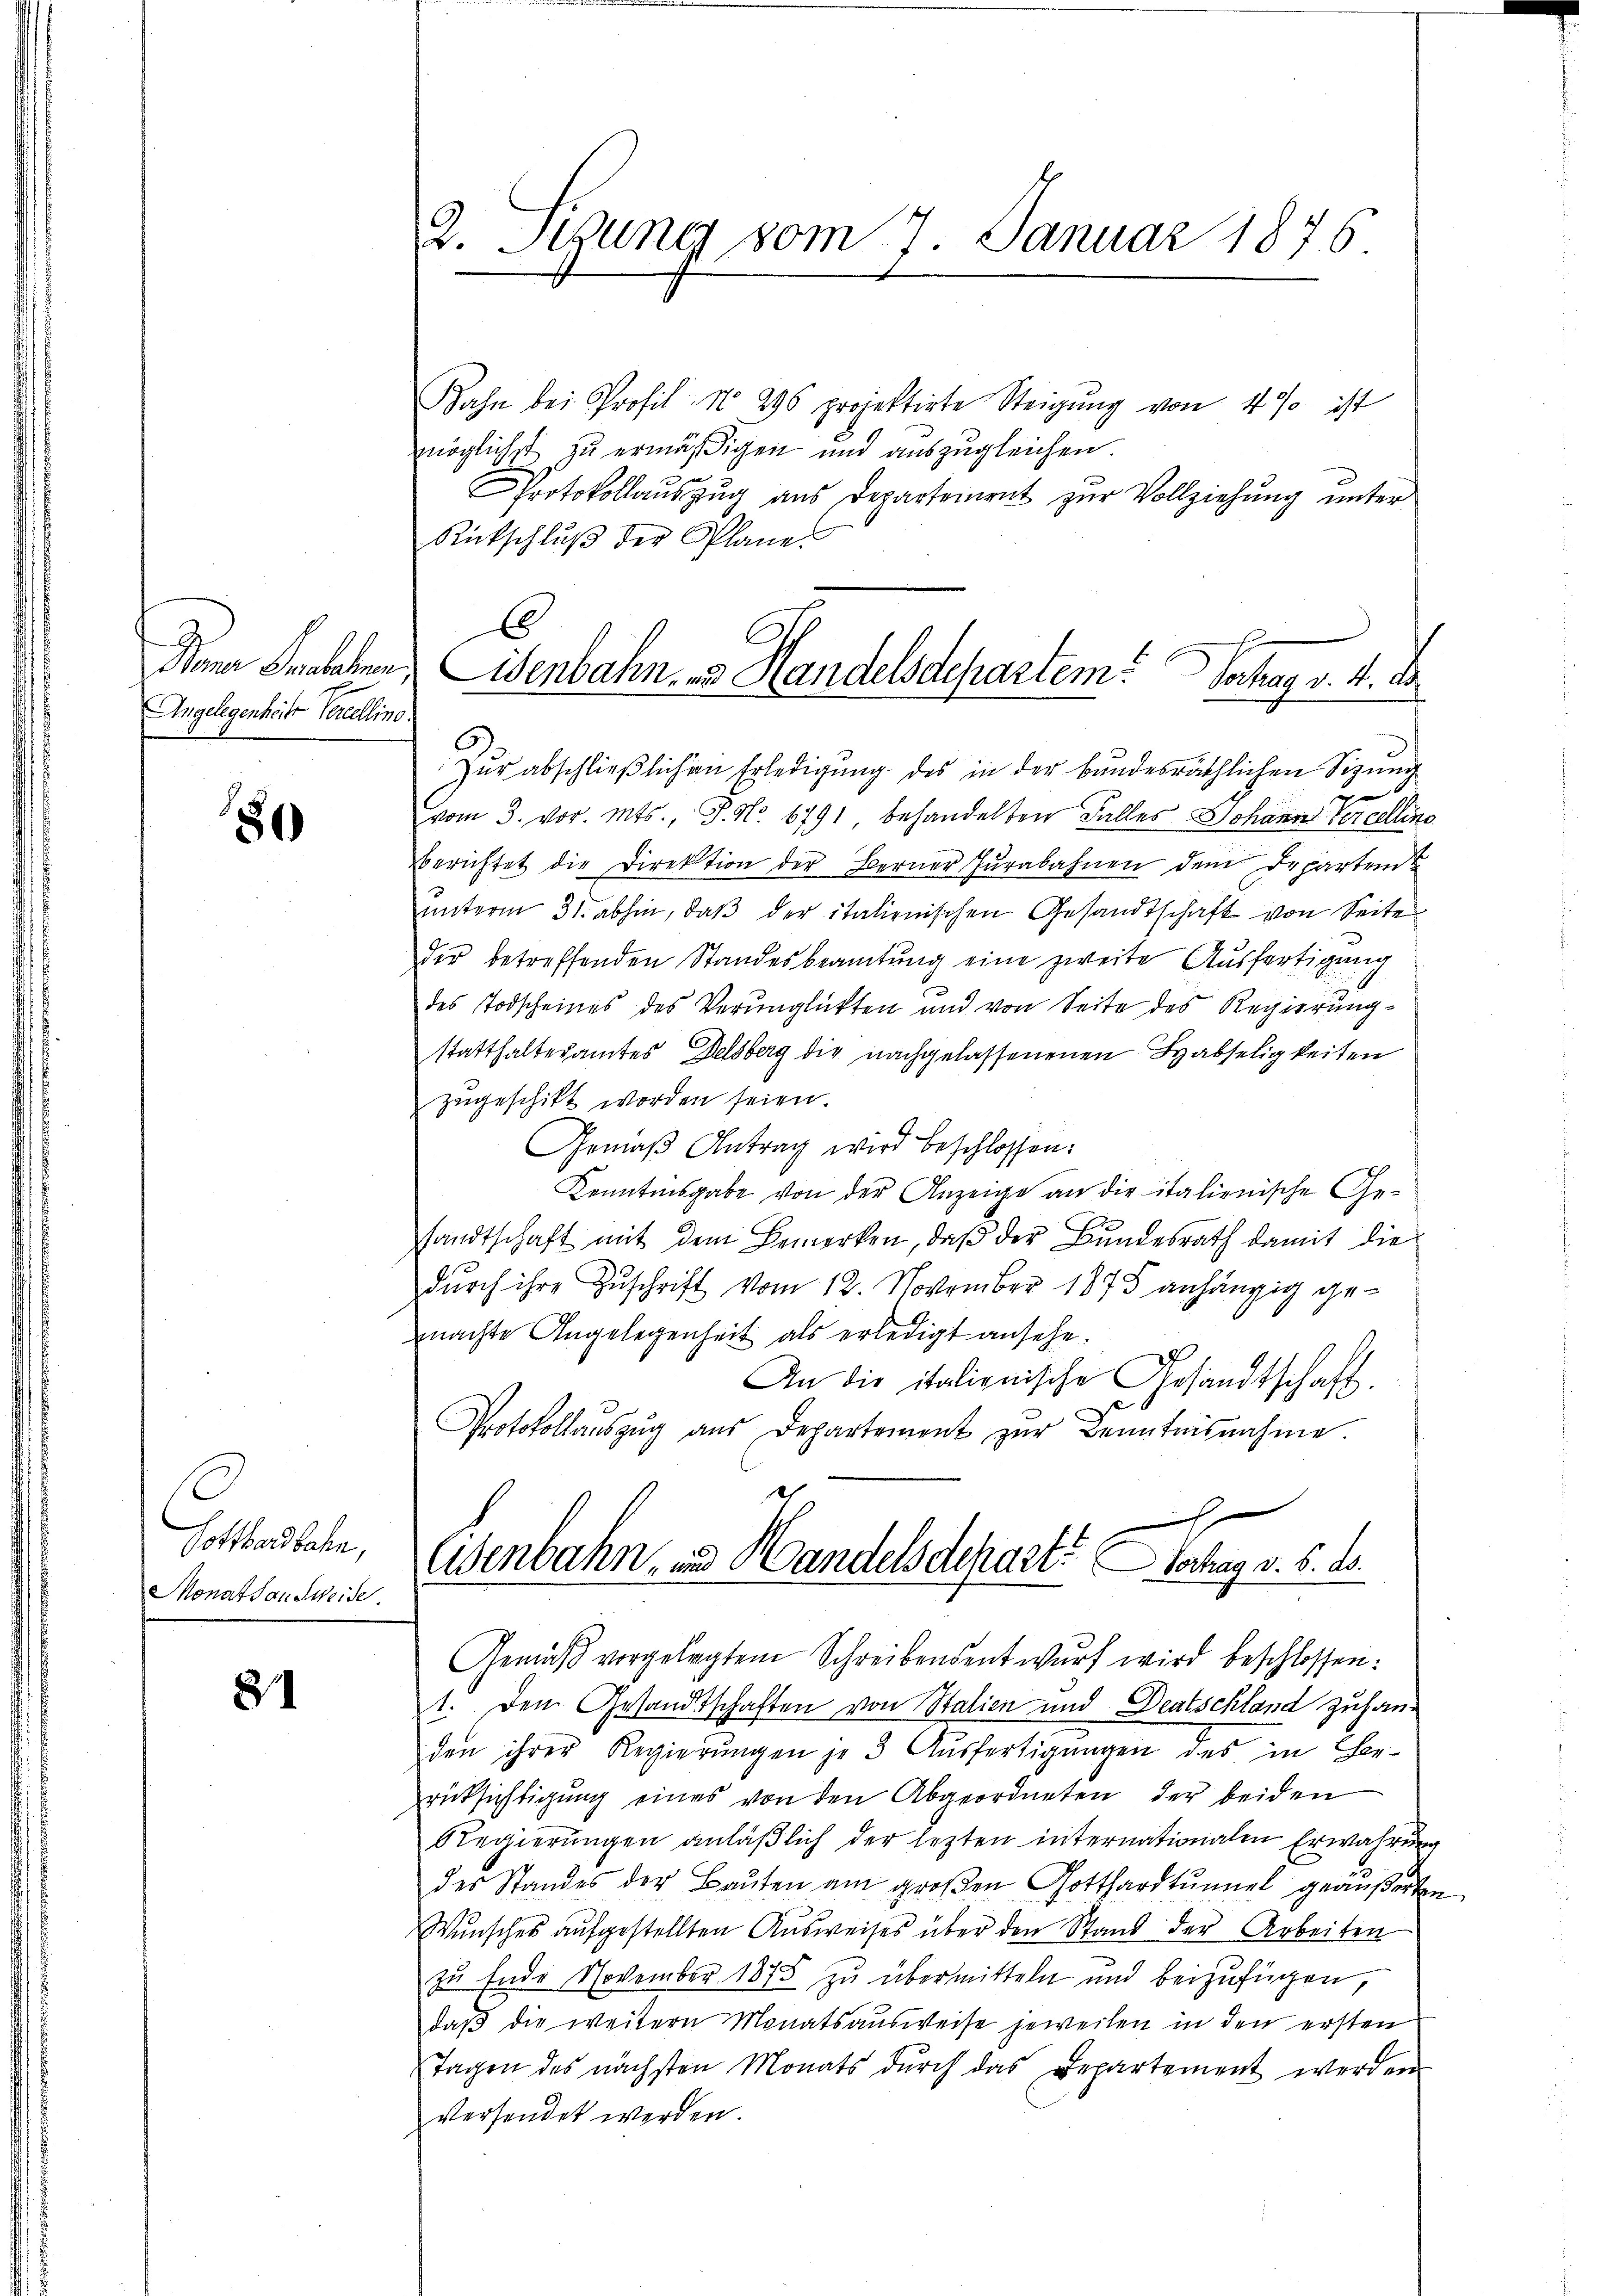
Jm Fallen
gelegenheite Percelling
n

80

Potthardbahn,
Monatsausweise.

81

R. Sitzung vom 7. Januar 1876

Bahn bei Profil No 296 projektirte Steigŭng von 4 % ist
möglichst zu ermäßigen und auszugleichen.
Protokollauszug aus Departement zur Vollziehung unter
Rückschlŭβ der Plane.
Zŭr abschließlichen Erledigung des in der bundesräthlichen Sitzung
vom 3. vor. Mts. J. No. 6791 behandelten Falles Johann Percelline
Berichtet die Direktion der Berner Zŭrabahnen dem Departen
unterm 31. abhin, daß der italienischen Gesandtschaft von Seite
der betreffenden Standesbeamtŭng eine zweite Ausfertigung
des Todscheines des Verunglükten und von Seite des Regierungstatthalteramtes Delsberg die nachgelassenenen Habseligkeiten
zugeschikt worden seien.
Gemäß Antrag wird beschlossen:
Kenntnisgabe von der Anzeige an die italienische Ge-
sandtschaft mit dem Bemerken, daß der Bundesrath damit die
durch ihre Zuschrift vom 12. November 1875 anhängig gemnachte Angelegenheit als erledigt ansehe.
An die italienische Gesandtschaft.
Protokollauszug aus Departement zur Kenntnisnahme.

isenbahn zu Handelsdepartem Verhag v. 4. d.

Wenbahn- und Handelsdepart. Hochag v. 6. ds.

Gemäß vorgelegtem Schreibensentwurf wird beschlossen:
1. Den Gesandtschaften von Stalien und Deutschland zuhan-
den ihrer Regierŭngen je 3 Aŭsfertigŭngen des in Cher-
rücksichtigung eines von den Abgeordneten der beiden
Regierungen anläßlich der lezten internationalen Erwährung
des Standes der Bauten am großen Gotthardtunnel geäußerten
Wŭnsches aŭfgestellten Aŭsweises über den Stand der Arbeiten
zu Ende November 1875 zu übermitteln und beizufügen,
daß die weitern Monatsausweise jeweilen in den ersten
Tagen des nächsten Monats dŭrch das Departement werden
versendet werden.